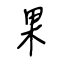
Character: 果